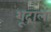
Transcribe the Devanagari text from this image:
शूद्राला